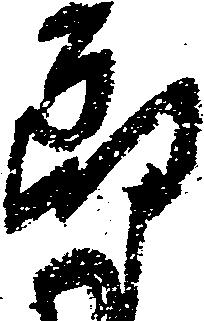
郎